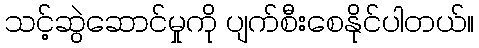
သင့်ဆွဲဆောင်မှုကို ပျက်စီးစေနိုင်ပါတယ်။